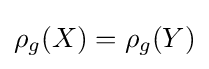
\rho _{g}(X)=\rho _{g}(Y)